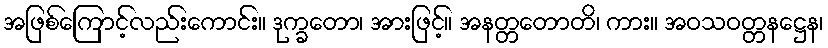
အဖြစ်ကြောင့်လည်းကောင်း။ ဒုက္ခတော၊ အားဖြင့်။ အနတ္တတောတိ၊ ကား။ အဝသဝတ္တနဋ္ဌေန၊